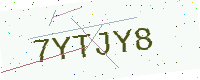
Text: 7YTJY8